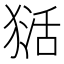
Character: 𱮏